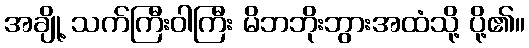
အချို့ သက်ကြီးဝါကြီး မိဘဘိုးဘွားအထံသို့ ပို့၏။